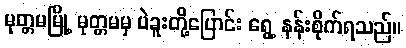
မုတ္တမမြို့ မုတ္တမမှ ပဲခူးတို့ပြောင်း ရွေ့ နန်းစိုက်ရသည်။